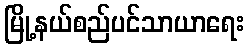
မြို့နယ်စည်ပင်သာယာရေး